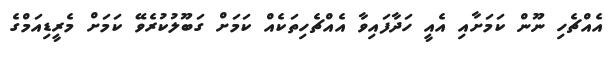
އެއްޗެހި ނޫން ކަމަށާއި އެއީ ހަދާފައިވާ އެއްޗެހިތަކެއް ކަމަށް ގަބޫލުކުރެވޭ ކަމަށް މެރީޑިއަމްގެ